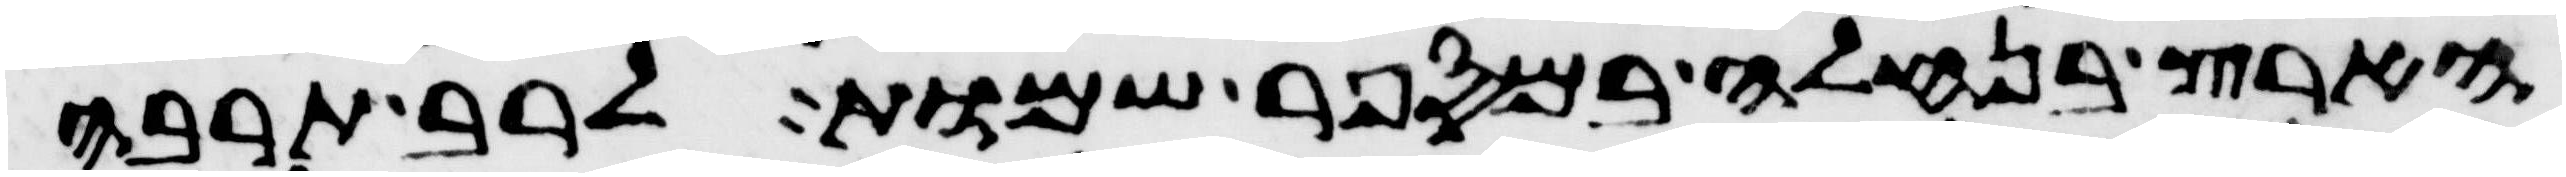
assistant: הארץ בנחלה במספר שמות לרב תרבה